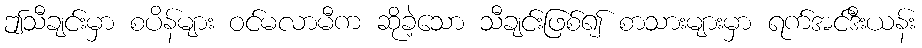
ဤသီချင်းမှာ စပိန်များ ဝင်မလာမီက ဆိုခဲ့သော သီချင်းဖြစ်၍ စာသားများမှာ ရက်အင်ဒီးယန်း